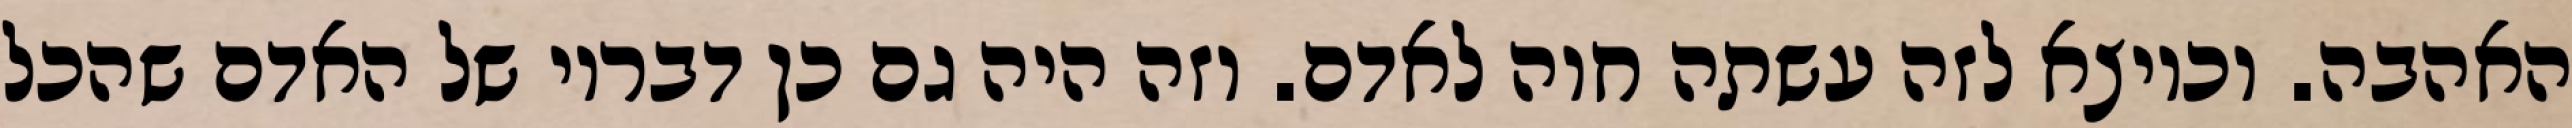
האהבה. וכיוצא לזה עשתה חוה לאדם. וזה היה גם כן דבריו של האדם שהכל